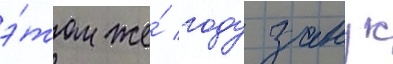
э́том же́ году занук